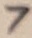
Text: 7